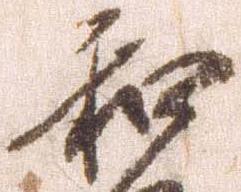
和